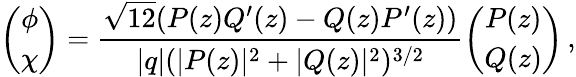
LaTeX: \left(\begin{array}{c}{{\phi}}\\ {{\chi}}\end{array}\right)=\frac{\sqrt{12}(P(z)Q^{\prime}(z)-Q(z)P^{\prime}(z))}{|q|(|P(z)|^{2}+|Q(z)|^{2})^{3/2}}\left(\begin{array}{c}{{P(z)}}\\ {{Q(z)}}\end{array}\right)\, ,